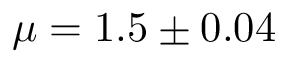
\mu = 1 . 5 \pm 0 . 0 4